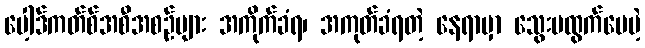
ပေါ့ဒ်ကတ်စ်အစီအစဉ်များ အကိုက်ခံရ၊ အကုတ်ခံရတဲ့ နေရာမှာ သွေးမထွက်ပေမဲ့